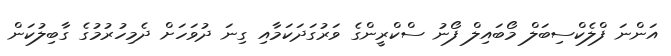
އަންނަ ފްލެކްސިބަލް މޯބައިލް ފޯނު ސްކްރީންގެ ވަރުގަދަކަމާއި ގިނަ ދުވަހަށް ދެމިހުރުމުގެ ގާބިލުކަން